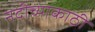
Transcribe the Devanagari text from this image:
नदीच्याकाठी